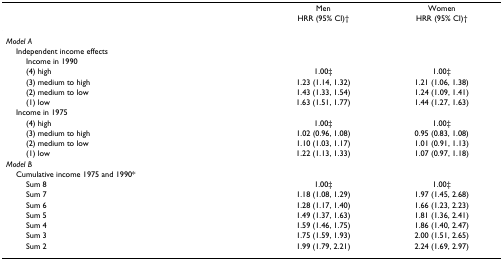
|  | Men | Women |
 |  | HRR (95% CI)† | HRR (95% CI)† |
 | --- | --- | --- |
 | Model A |  |  |
 | Independent income effects |  |  |
 | Income in 1990 |  |  |
 | (4) high | 1.00‡ | 1.00‡ |
 | (3) medium to high | 1.23 (1.14, 1.32) | 1.21 (1.06, 1.38) |
 | (2) medium to low | 1.43 (1.33, 1.54) | 1.24 (1.09, 1.41) |
 | (1) low | 1.63 (1.51, 1.77) | 1.44 (1.27, 1.63) |
 | Income in 1975 |  |  |
 | (4) high | 1.00‡ | 1.00‡ |
 | (3) medium to high | 1.02 (0.96, 1.08) | 0.95 (0.83, 1.08) |
 | (2) medium to low | 1.10 (1.03, 1.17) | 1.01 (0.91, 1.13) |
 | (1) low | 1.22 (1.13, 1.33) | 1.07 (0.97, 1.18) |
 | Model B |  |  |
 | Cumulative income 1975 and 1990* |  |  |
 | Sum 8 | 1.00‡ | 1.00‡ |
 | Sum 7 | 1.18 (1.08, 1.29) | 1.97 (1.45, 2.68) |
 | Sum 6 | 1.28 (1.17, 1.40) | 1.66 (1.23, 2.23) |
 | Sum 5 | 1.49 (1.37, 1.63) | 1.81 (1.36, 2.41) |
 | Sum 4 | 1.59 (1.46, 1.75) | 1.86 (1.40, 2.47) |
 | Sum 3 | 1.75 (1.59, 1.93) | 2.00 (1.51, 2.65) |
 | Sum 2 | 1.99 (1.79, 2.21) | 2.24 (1.69, 2.97) |